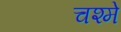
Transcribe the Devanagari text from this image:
चश्‍मे